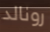
رونالد